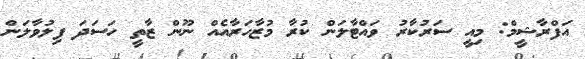
އަފްރާޝީމް: މިއީ ސަރުކާރު ވައްޓާލަން ކުރާ މުޒާހަރާއެއް ނޫން ޒާތީ ހަސަދަ ފިލުވާލަން